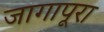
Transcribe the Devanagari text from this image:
जागापूरा